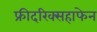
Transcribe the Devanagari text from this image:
फ्रीदरिक्सहाफेन